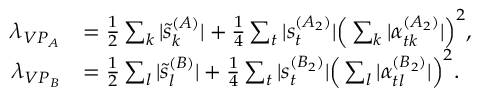
\begin{array} { r l } { \lambda _ { V P _ { A } } } & { = \frac { 1 } { 2 } \sum _ { k } | \tilde { s } _ { k } ^ { ( A ) } | + \frac { 1 } { 4 } \sum _ { t } | s _ { t } ^ { ( A _ { 2 } ) } | \Big ( \sum _ { k } | \alpha _ { t k } ^ { ( A _ { 2 } ) } | \Big ) ^ { 2 } , } \\ { \lambda _ { V P _ { B } } } & { = \frac { 1 } { 2 } \sum _ { l } | \tilde { s } _ { l } ^ { ( B ) } | + \frac { 1 } { 4 } \sum _ { t } | s _ { t } ^ { ( B _ { 2 } ) } | \Big ( \sum _ { l } | \alpha _ { t l } ^ { ( B _ { 2 } ) } | \Big ) ^ { 2 } . } \end{array}